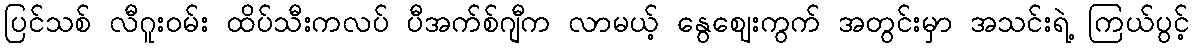
ပြင်သစ် လီဂူးဝမ်း ထိပ်သီးကလပ် ပီအက်စ်ဂျီက လာမယ့် နွေဈေးကွက် အတွင်းမှာ အသင်းရဲ့ ကြယ်ပွင့်